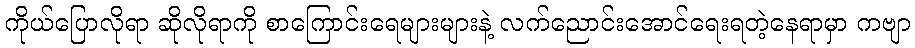
ကိုယ်ပြောလိုရာ ဆိုလိုရာကို စာကြောင်းရေများများနဲ့ လက်ညောင်းအောင်ရေးရတဲ့နေရာမှာ ကဗျာ